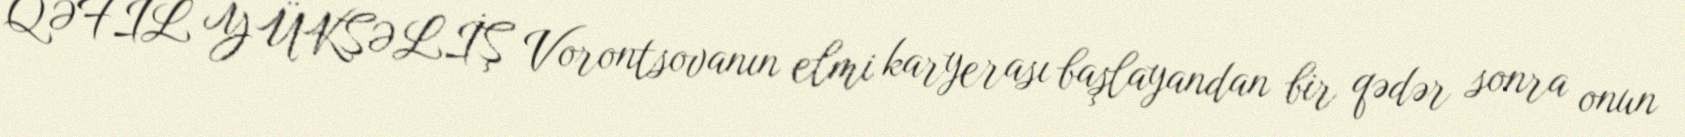
QƏFİL YÜKSƏLİŞ Vorontsovanın elmi karyerası başlayandan bir qədər sonra onun